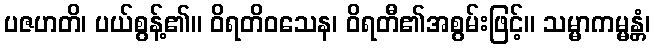
ပဇဟတိ၊ ပယ်စွန့်၏။ ဝိရတိဝသေန၊ ဝိရတီ၏အစွမ်းဖြင့်။ သမ္မာကမ္မန္တံ၊